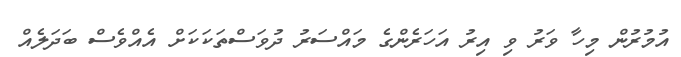
އުމުރުން މިހާ ވަރު ވި އިރު އަހަރެންގެ މައްސަރު ދުވަސްތަކަކަށް އެއްވެސް ބަދަލެެއް